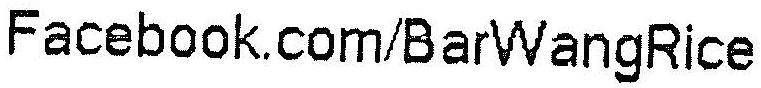
FACEBOOK.COM/BARWANGRICE